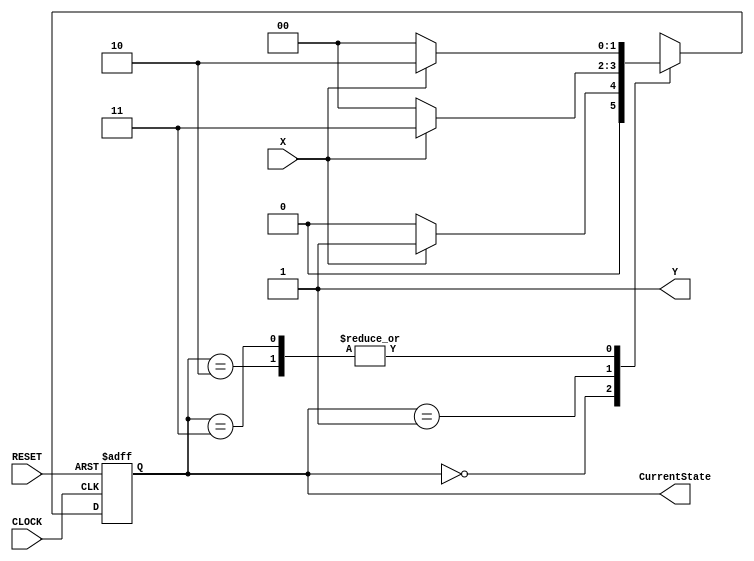
module hw2problem3(X, Y, RESET, CLOCK, CurrentState);
	input X, RESET, CLOCK;
	output reg Y;
	output reg [1:0] CurrentState;
	reg [1:0] NextState;
	parameter State0 = 2'b00, State1 = 2'b01, State2 = 2'b10, State3 = 2'b11;

	always @ (CurrentState)
		if (CurrentState == State2) Y <= 1;
		else Y <= 1;
	
	always @ (posedge CLOCK or negedge RESET)
		if (RESET == 0) CurrentState <= State0;
		else CurrentState <= NextState;
		
	always @ (CurrentState or X)
		case (CurrentState)
		State0: NextState <= (X == 1) ? State1 : State0;
		State1: NextState <= (X == 1) ? State3 : State0;
		State2: NextState <= (X == 1) ? State2 : State0;
		State3: NextState <= (X == 1) ? State2 : State0;
		endcase
endmodule